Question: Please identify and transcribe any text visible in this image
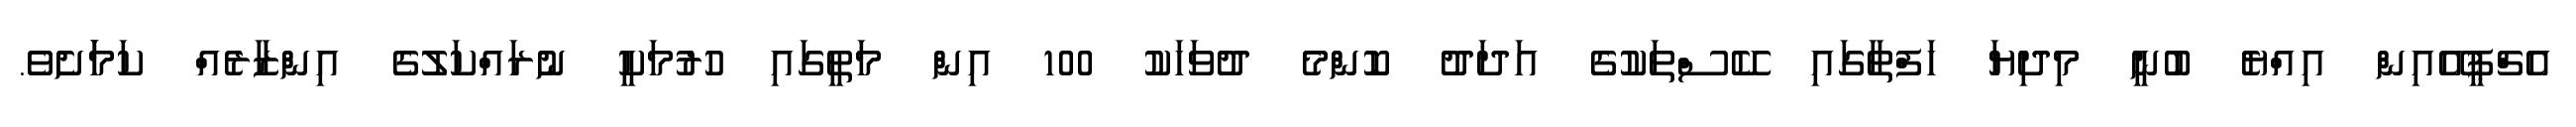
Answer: އެޗްޕީއޭއިން އިއްޔެ ބުނީ މިދިޔަ ހަފްތާގައި ކޭސްތަކުގެ އަދަދު ކޮންމެ ދުވަހަކު 100 އިން މަތީގައި ހުރުމަކީ ނުރައްކަލުގެ އިންޒާރެއް ކަމަަށެވެ.